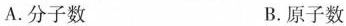
A.分子数 B.原子数